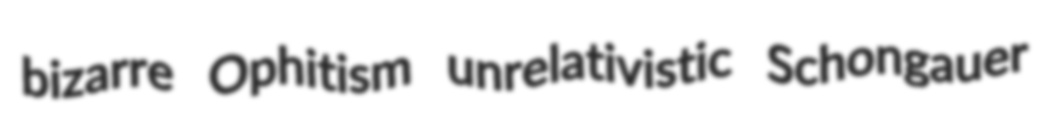
bizarre Ophitism unrelativistic Schongauer